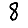
Digit: 8